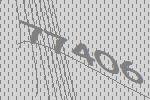
77406